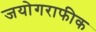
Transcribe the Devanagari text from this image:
जयोगराफीक